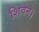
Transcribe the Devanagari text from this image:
शिवन।